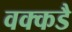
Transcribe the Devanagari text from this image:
वक्कडै